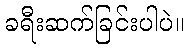
ခရီးဆက်ခြင်းပါပဲ။